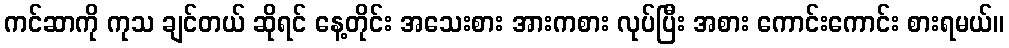
ကင်ဆာကို ကုသ ချင်တယ် ဆိုရင် နေ့တိုင်း အသေးစား အားကစား လုပ်ပြီး အစား ကောင်းကောင်း စားရမယ်။